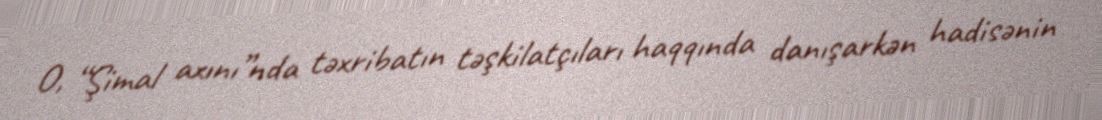
O, “Şimal axını”nda təxribatın təşkilatçıları haqqında danışarkən hadisənin